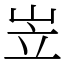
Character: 岦